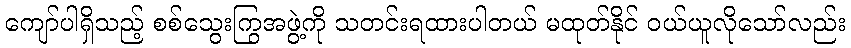
ကျော်ပါရှိသည့် စစ်သွေးကြွအဖွဲ့ကို သတင်းရထားပါတယ် မထုတ်နိုင် ဝယ်ယူလိုသော်လည်း